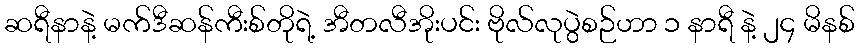
ဆရီနာနဲ့ မက်ဒီဆန်ကီးစ်တိုရဲ့ အီတလီအိုးပင်း ဗိုလ်လုပွဲစဉ်ဟာ ၁ နာရီ နဲ့ ၂၄ မိနစ်